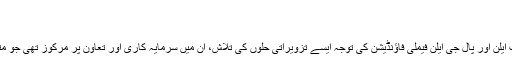
”
جناب ایلن کی اب تک کی
وباء پھوٹ پڑنے کے ابتدائی دنوں سے ہی جناب ایلن اور پال جی ایلن فیملی فاؤنڈیشن کی توجہ ایسے تزویراتی حلوں کی تلاش، ان میں سرمایہ کاری اور تعاون پر مرکوز تھی جو متاثرہ افراد کی اہم ترین ضروریات کو پورا کریں۔